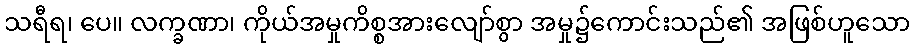
သရီရ၊ ပေ။ လက္ခဏာ၊ ကိုယ်အမှုကိစ္စအားလျော်စွာ အမှု၌ကောင်းသည်၏ အဖြစ်ဟူသော